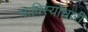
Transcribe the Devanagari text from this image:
भाविस्योधारी